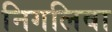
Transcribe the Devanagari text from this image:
निगलिवा